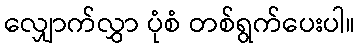
လျှောက်လွှာ ပုံစံ တစ်ရွက်ပေးပါ။